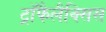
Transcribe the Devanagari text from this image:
ट्रॉफैलैक्सिस